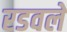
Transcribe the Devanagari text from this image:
रडवले